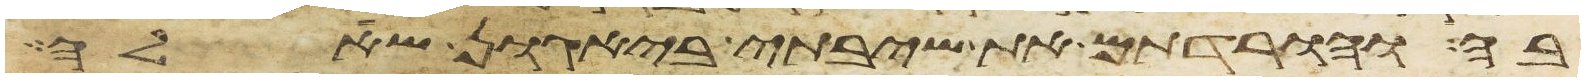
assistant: בה והורדתם את שיבתי ביגון שאלה